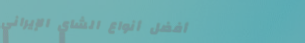
أفضل أنواع الشاي الإيراني